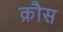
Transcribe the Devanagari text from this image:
क्रौस